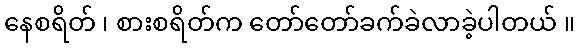
နေစရိတ် ၊ စားစရိတ်က တော်တော်ခက်ခဲလာခဲ့ပါတယ် ။